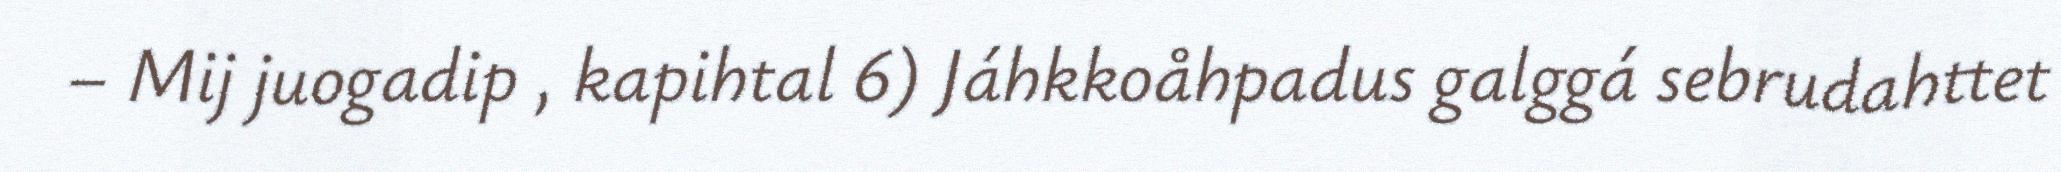
– Mij juogadip , kapihtal 6) Jáhkkoåhpadus galggá sebrudahttet